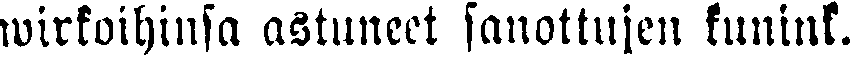
wirkoihinsa astuneet sanottujen kunink.